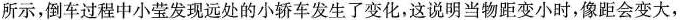
所示，倒车过程中小莹发现远处的小轿车发生了变化，这说明当物距变小时，像距会变大，